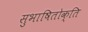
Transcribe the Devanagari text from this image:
सुभाषितोक्ति